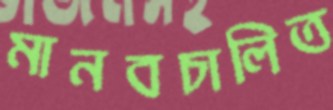
মানবচালিত